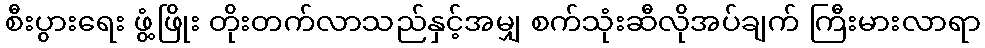
စီးပွားရေး ဖွံ့ဖြိုး တိုးတက်လာသည်နှင့်အမျှ စက်သုံးဆီလိုအပ်ချက် ကြီးမားလာရာ